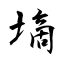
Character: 墑